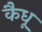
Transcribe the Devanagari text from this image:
कैधू